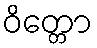
ဝိတ္တော